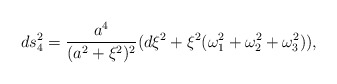
\begin{align*}ds_4^2 = \frac {a^4}{(a^2 + \xi^2)^2} ( d \xi^2 + \xi^2 (\omega_1^2 + \omega_2^2 + \omega_3^2)),\end{align*}